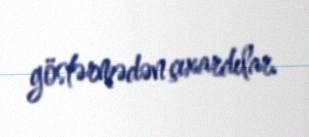
göstərmədən çıxardılar.